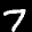
Label: 7